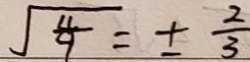
\sqrt { \frac { 4 } { 9 } } = \pm \frac { 2 } { 3 }